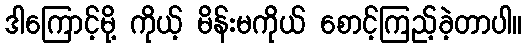
ဒါကြောင့်မို့ ကိုယ့် မိန်းမကိုယ် စောင့်ကြည့်ခဲ့တာပါ။